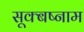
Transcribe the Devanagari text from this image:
सूक्बष्नाम